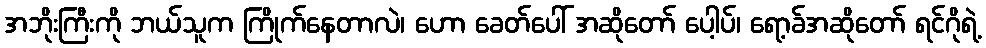
အဘိုးကြီးကို ဘယ်သူက ကြိုက်နေတာလဲ၊ ဟော ခေတ်ပေါ် အဆိုတော် ပေါ့ပ်၊ ရော့ခ်အဆိုတော် ရင်ဂိုရဲ့